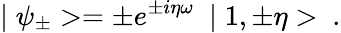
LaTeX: \mid\psi_{\pm}>=\pm e^{\pm i\eta\omega}\ \mid 1,\pm\eta>\ .